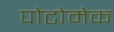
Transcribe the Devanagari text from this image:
पोटोमेक